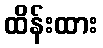
ထိန်းထား